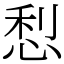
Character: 悡